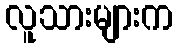
လူသားများက